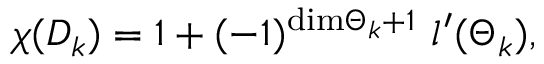
\chi ( { \cal D } _ { k } ) = 1 + ( - 1 ) ^ { \mathrm { d i m } { { \Theta } _ { k } } + 1 } \ l ^ { \prime } ( { { \Theta } _ { k } } ) ,